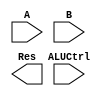

module ALU (A, B, ALUCtrl, Res);

input       A, B;
input [1:0] ALUCtrl;
output      Res;

`ifdef DATAFLOW_LEVEL1
wire invB;
assign invB = ALUCtrl[0] ? ~B : B;      // !B : B 0  0 , ~B : B  bit inversion

wire SUM;
adder add0(.A(A), .B(invB), .Cin(ALUCtrl[0]), .S(SUM), .Cout());

wire RES_AND, RES_OR;
assign RES_AND = A & B;
assign RES_OR = A | B;

assign Res = (ALUCtrl == 2'b00) ? SUM : (ALUCtrl == 2'b01) ? SUM : (ALUCtrl == 2'b10) ? RES_AND : (ALUCtrl == 2'b11) ? RES_OR : 1'b0;

`elsif GATE_LEVEL

`endif

endmodule